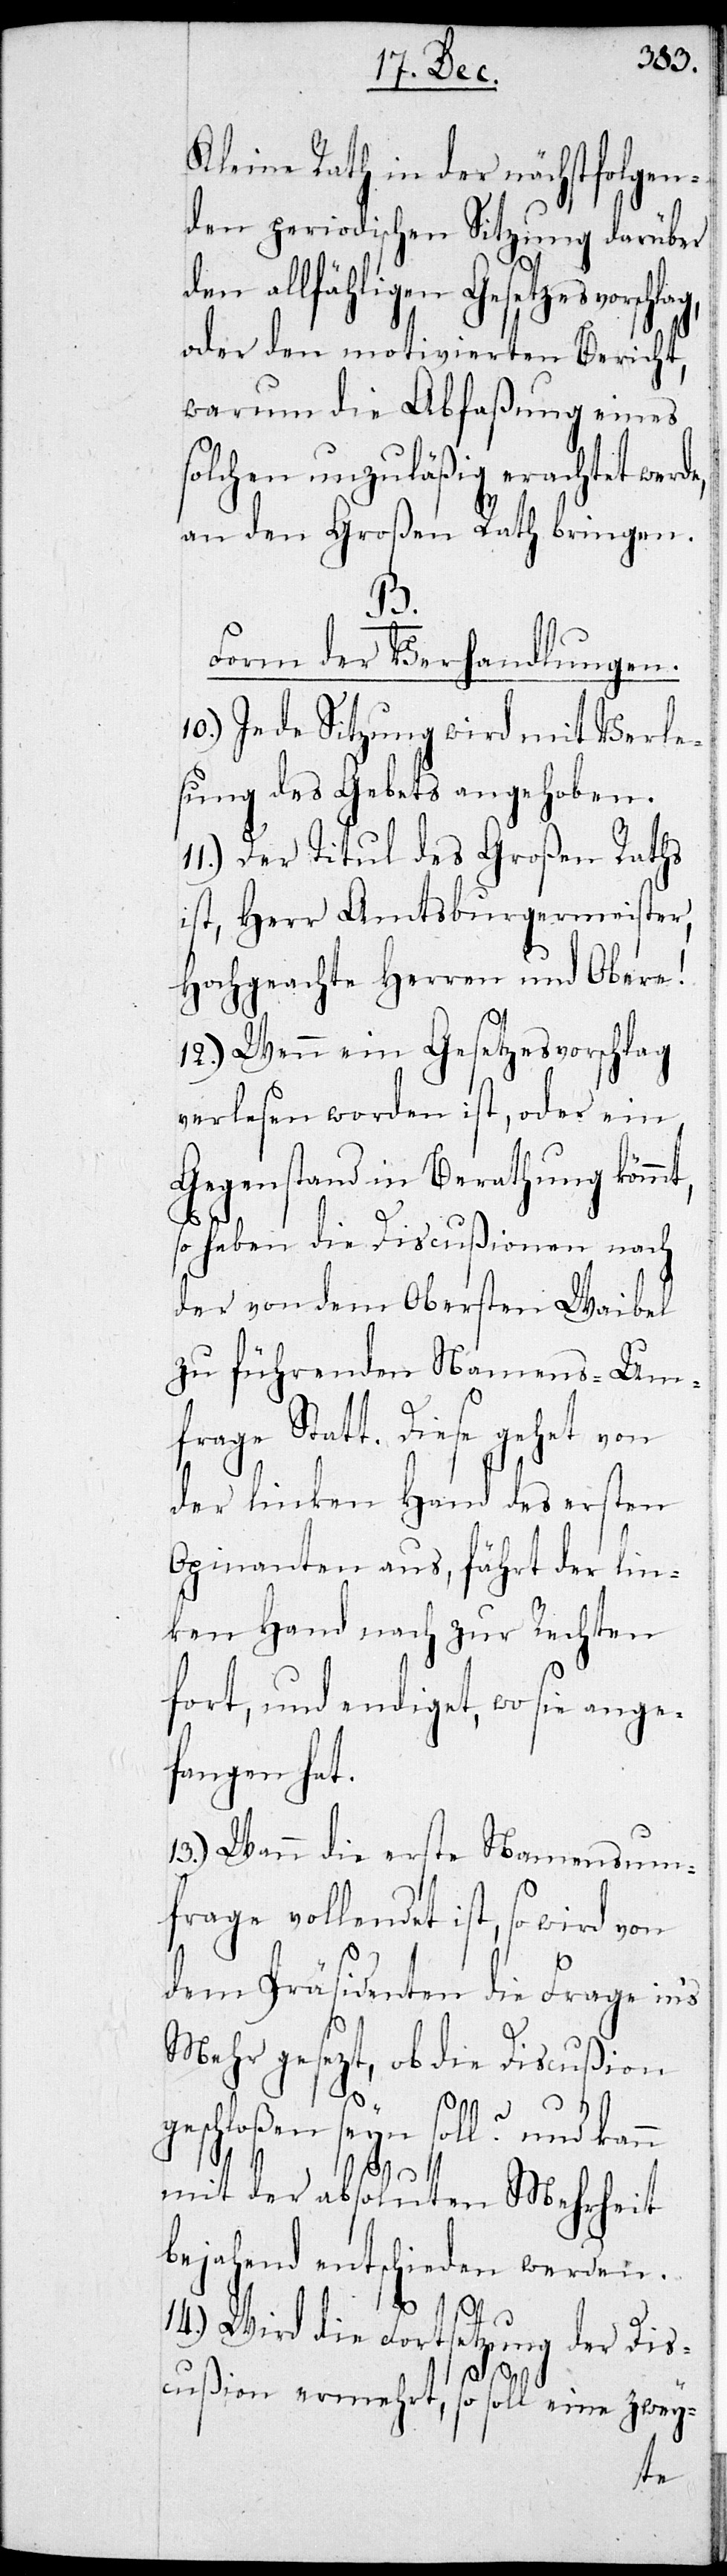
Kleine Rath in der nächstfolgen¬
den periodischen Sitzung darüber
den allfähligen Gesetzesvorsch¬
oder den motivierten Bericht,
warum die Abfaßung eines
solchen unzuläßig erachtet werde,
an den Großen Rath bringen.
B.
Form der Verhandlungen.
10.) Jede Sitzung wird mit Verle¬
sung des Gebets angehoben.
11.) Der Titul des Großen Raths
ist, Herr Amtsburgermeister,
Hochgeachte Herren und Obere!
12.) Wenn ein Gesetzesvorschlag
verlesen worden ist, oder ein
Gegenstand in Berathung kommt,
so haben die Discußionen nach
der von dem Obersten Waibel
zu führenden Namens-Umf¬
rage Statt. Diese gehet von
der linken Hand des ersten
Opinanten aus, führt der lin¬
ken Hand nach zur Rechten
fort, und endiget, wo sie ange¬
fangen hat.
13.) Wenn die erste Namensum¬
frage vollendet ist, so wird
dem Präsidenten die Frage in’s
Mehr gesezt, ob die Discußion
geschloßen seyn soll? und kann
mit der absoluten Mehrheit
bejahend entschieden werden.
von
14.) Wird die Fortsetzung der Dis¬
cußion ermehrt, so soll eine zwey-